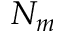
N _ { m }